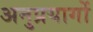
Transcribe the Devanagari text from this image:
अनुप्रयागों